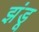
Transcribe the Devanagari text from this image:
झंडू